Vaccination United Provinces of Agra and Oudh 1914-1922 - 1914-1922
Year: 1914
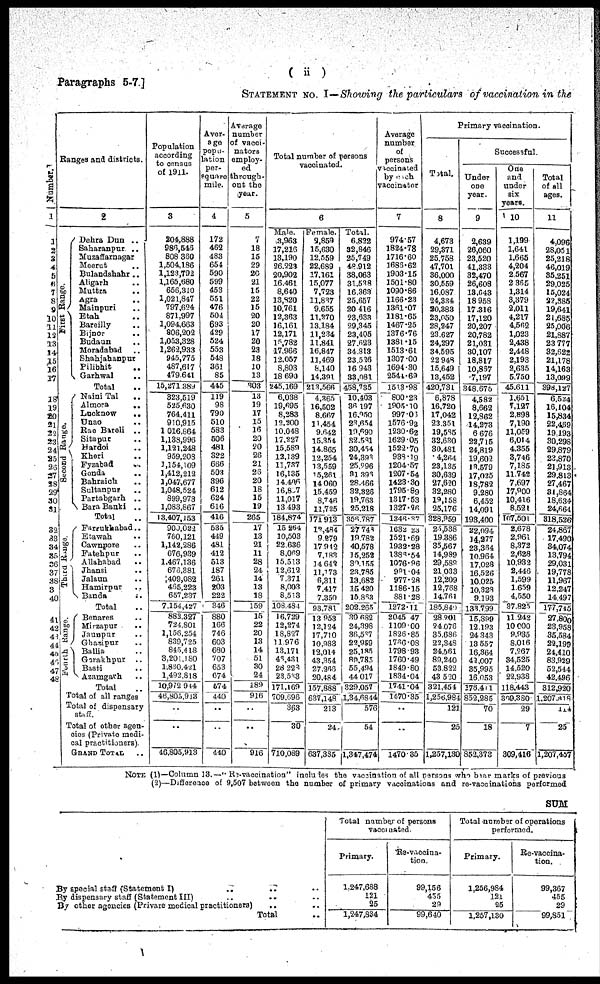
Paragraphs 5-7]
( ii )
STATEMENT No. I — Showing the particulars of vaccination in the
Number.
1
1
2
3
4
5
6
7
8
9
10
11
12
13
14
15
16
17
18
19
20
21
22
23
24
25
26
27
28
29
30
31
32
33
34
35
36
37
38
39
40
41
42
43
44
45
46
47
48
Ranges and districts.
First Range.
Second Range ..
Third Range.
Fourth Range.
2
Dehra Dun ..
Saharanpur ..
Muzaffarnagar
Meerut ..
Bulandshahr ..
Aligarh ..
Muttra ..
Agra ..
Mainpuri ..
Etah ..
Bareilly ..
Bijnor ..
Budaun ..
Moradabad ..
Shahjahanpur
Pilibhit ..
Garhwal ..
Total ..
Naini Tal ..
Almora
..
Lucknow
..
Unao ..
Rae Bareli
..
Sitapur ..
Bardoi ..
Kheri ..
Fyzabad ..
Gonda ..
Bahraich ..
Sultanpur ..
Partabgarh
..
Bara Banki
..
Total ..
Farrukhabad..
Etawah ..
Cawnpore ..
Fatehpur ..
Allahabad ..
Jhansi ..
Jalaun ..
Hamirpur ..
Banda
..
Total ..
Benares ..
Mirzapur ..
Jaunpur ..
Ghazipur ..
Ballia ..
Gorakhpur ..
Basti ..
Azamgarh ..
Total ..
Total of all ranges
Total of dispensary
staff.
Total of other agen-
cies (Private medi-
cal practitioners)
GRAND TOTAL ..
Population
according
to cansus
of 1911.
3
204,888
986,546
808,380
1,504,186
1,128,792
1,165,680
656,310
1,021,847
797,624
871,997
1,094,663
806,202
1,053,328
1,262,933
945,775
487,617
479,641
15,271,389
823,519
525,630
764,411
910,915
1,016,864
1,138,996
1,121,248
959,208
1,154,109
1,412,212
1,047,677
1,048,524
899,973
1,083,867
13,407,153
900,022
760,121
1,142,286
676,939
1,467,136
676,381
409,082
465,223
657,237
7,154,427
882,327
724,801
1,156,254
839,725
845,418
3,201,180
1,880,421
1,492,818
10,972,914
48,805,913
..
..
46,805,913
Aver-
age
popu-
lation
per-
square
mile.
4
172
462
483
651
590
599
453
551
476
504
693
429
524
553
548
361
85
445
119
98
790
510
583
506
481
322
666
503
396
612
624
616
416
535
449
481
412
513
187
261
203
222
346
880
166
746
603
680
707
653
674
574
440
..
..
440
Average
number
of vacci-
nators
employ-
ed
through-
out the
year.
5
7
18
15
29
20
21
15
22
15
20
20
17
20
23
18
10
13
303
13
19
17
15
16
20
20
26
21
26
20
18
15
19
265
17
13
21
11
28
24
14
13
18
159
15
22
20
13
14
51
30
24
189
916
..
..
916
Total number of persons
vaccinated.
6
Male.
3,963
17,216
13,190
26,223
20,902
16,461
8,640
13,820
10,761
12,363
16,161
12,171
15,782
17,966
12,057
8,803
18,690
245,169
6,038
19,695
8,283
12,200
10,048
17,227
15,589
13,139
11,737
16,135
14,496
16,837
11,017
13,493
184,874
15,264
10,503
22,636
8,069
15,513
12,612
7,371
8,003
8,513
108,484
16,729
12,274
18,827
11,976
13,171
48,431
28,228
23,533
171,169
709,696
363
30
710,089
Female.
2,859
15,630
12,559
22,689
17,161
15,077
7,723
11,837
9,655
11,270
13,184
11,234
11,841
16,847
11,469
8,140
14,391
213,566
4,365
16,502
8,667
11,454
9,642
15,854
14,865
12,254
13,559
15,261
14,060
15,459
8,746
11,725
171,913
12,484
9,279
17,912
7,183
14,643
11,173
6,311
7,417
7,350
93,781
13,953
12,124
17,710
10,983
12,014
43,354
27,266
20,484
157,888
637,148
213
24
637,335
Total.
6,822
32,846
25,749
48,912
38,063
31,538
16,363
25,657
20,416
23,633
29,345
23,405
27,623
34,813
23,526
16,943
33,081
458,735
10,403
36,197
16,950
23,654
19,690
82,581
30,454
24,393
25,296
81,393
28,466
32,326
19,763
25,218
356,787
27,748
19,782
40,578
15,252
30,155
23,785
13,682
15,420
15,853
202,265
30,682
24,398
36,537
22,959
25,185
89,785
55,494
44,017
329,057
1,34,6844
576
54
1,347,474
Average
number
of
persons
vaccinated
by each
vaccinator
7
974.57
1824.78
1716.60
1686.62
1903.15
1501.80
1090.86
1166.23
1361.07
1181.65
1467.25
1376.76
1381.15
1513.61
1307.00
1694.30
2544.69
1513.98
800.23
1905.10
997.06
1576.93
1230.62
1629.05
1522.70
938.19
1204.57
1207.54
1428.30
1795.89
1317.53
1327.36
1346.97
1632.23
1521.69
1932.28
1333.54
1076.96
991.04
977.28
1186.15
381.28
1272.11
2045.47
1109.00
1826.85
1766.08
1798.93
1760.49
1849.80
1834.04
1741.04
1170.35
..
..
1470.35
Primary vaccination.
Total.
8
4,673
29,371
25,758
47,701
36,000
30,559
16,087
24,334
20,383
23,050
28,347
23,627
24,297
34,595
22,948
15,649
13,452
420,731
6,878
16,720
17,042
23,351
19,585
32,630
30,481
4,264
23,185
30,639
27,620
32,280
19,158
25,176
328,959
25,538
19,386
35,567
14,989
29,588
21,033
12,209
12,768
14,761
185,840
28,201
24,076
35,686
23,348
24,561
89,240
53,822
43,520
321,454
1,256,984
121
25
1,257,130
Successful
Under
one
year.
9
2,639
26,060
23,520
41,333
32,470
26,608
13,643
18,958
17,316
17,120
20,207
20,782
21,031
30,107
18,817
10,857
7,197
348,675
4,582
8,662
12,862
14,273
6,676
23,715
24,819
19,602
13,579
17,025
18,782
9,280
6,452
14,091
193,400
22,094
14,277
23,364
10,964
17,028
16,526
10,025
10,328
9,193
133,799
15,399
12,193
24,343
13,557
16,364
48,007
35,995
16,053
178,411
852,285
70
18
852,373
One
and
under
six
years.
10
1,199
1,641
1,665
4,204
2,567
2,365
1,314
3,379
2,011
4,217
4,562
1,023
2,438
2,448
2,193
2,685
5,750
45,611
1,651
7,127
2,898
7,190
11,059
6,014
4,355
3,746
7,185
11,742
7,697
17,800
10,416
8,521
107,501
2,678
2,961
8,372
2,628
10,932
2,446
1,599
1,659
4,550
37,825
11,242
10,000
9,935
8,016
7,267
34,525
14,520
22,938
118,443
309,360
29
7
309,416
Total
of all
ages.
11
4,096
28,051
25,218
46,019
35,251
29,025
15,024
22,385
19,641
21,685
25,006
21,887
23,777
32,622
21,178
14,163
13,099
398,127
6,524
16,104
15,834
22,469
19,193
30,298
29,879
23,870
21,913
29,813
27,467
31,864
18,634
24,664
318,526
24,867
17,490
34,074
13,794
29,031
19,778
11,967
12,247
14,497
177,754
27,800
23,958
35,684
22,199
24,410
83,929
52,544
42,496
312,920
1,207,818
114
25
1,207,437
NOTE (1)—Column 13.— Re-vaccination includes the vaccination of all persons who been marks of previous
(2)—Difference of 9,507 between the number of primary vaccinations and re-vaccinations performed
SUM
By special staff (Statement I) .. .. ..
By dispensary staff (Statement III) .. .. ..
By other agencies (Private medical practitioners) .. ..
Total ..
Total number of persons
vaccinated
Primary.
1,247,688
121
25
1,247,834
Re-vaccina-
tion.
99,156
455
29
99,640
Total number of operations
performed.
Primary.
1,256,984
121
25
1,257,130
Re-vaccina-
tion.
99,367
455
29
99,851